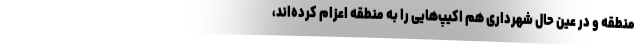
منطقه و در عین حال شهرداری هم اکیپ‌هایی را به منطقه اعزام کرده‌اند،